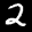
Label: 2